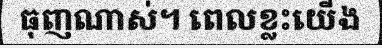
ធុញណាស់។ ពេលខ្លះយើង